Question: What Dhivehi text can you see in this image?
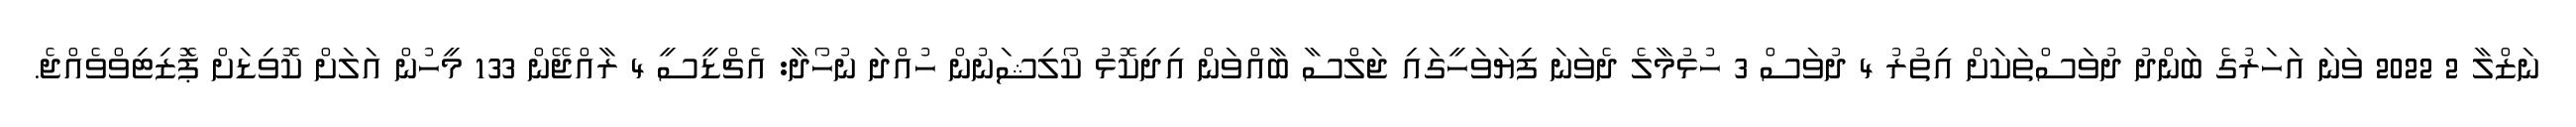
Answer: ނަޒްލާ 2 2022 ވަނަ އަހަރުގެ ބަންދު ދުވަސްތަކަށް އިތުރު 4 ދުވަސް 3 ހުޅުމާލެ ދެވަނަ ފިޔަވަހީގައި ޖަލްސާ ބާއްވަން އިދިކޮޅު ކޯލިޝަނުން ހުއްދަ ނުހޯދާ: އެޗްޑީސީ 4 ރާއްޖޭން 133 މީހުން އަލަށް ކޮވިޑަށް ޕަޮޒިޓިވްވެއްޖެ.